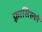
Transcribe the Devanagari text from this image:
फ़्रासिस्को